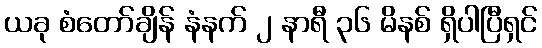
ယခု စံတော်ချိန် နံနက် ၂ နာရီ ၃၆ မိနစ် ရှိပါပြီရှင်